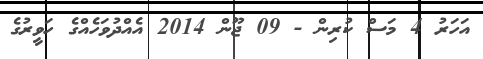
އަހަރު 4 މަސް ކުރިން - 09 ޖޫން 2014 އެއްދުވަހެއްގެ ހަވީރުގެ